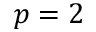
p = 2